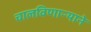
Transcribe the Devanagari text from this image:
चालविणाऱ्याने